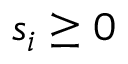
s _ { i } \geq 0